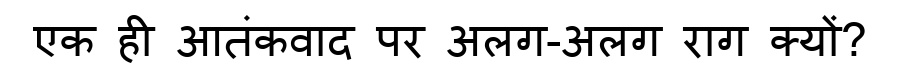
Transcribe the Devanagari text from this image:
एक ही आतंकवाद पर अलग-अलग राग क्यों?